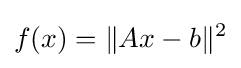
\displaystyle f(x)=\|Ax-b\|^{2}